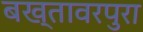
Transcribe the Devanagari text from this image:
बख्तावरपुरा